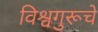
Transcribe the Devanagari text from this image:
विश्वगुरूचे